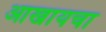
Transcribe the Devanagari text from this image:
आखायचा